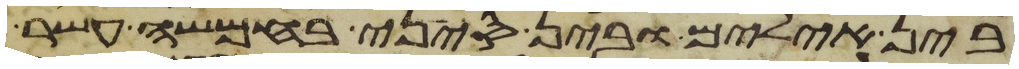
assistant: בין אילים ובין סיני בחמשה עשר